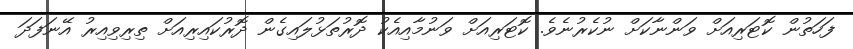
ފަހަތުން ކޮޓަރިއަށް ވަންނާކަށް ނުކެރުނެވެ. ކޮޓަރިއަށް ވަނުމާއިއެކު ދޮރުތަޅުލައިގެން ދޮރުކައިރިއަށް ތިރިވިއިރު އޭނަފަދަ